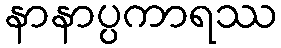
နာနာပ္ပကာရဿ